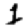
Digit: 1